Annual report of the Civil Veterinary Department, Bengal, for the year 1897-98 - 1897-1898
Year: 1897
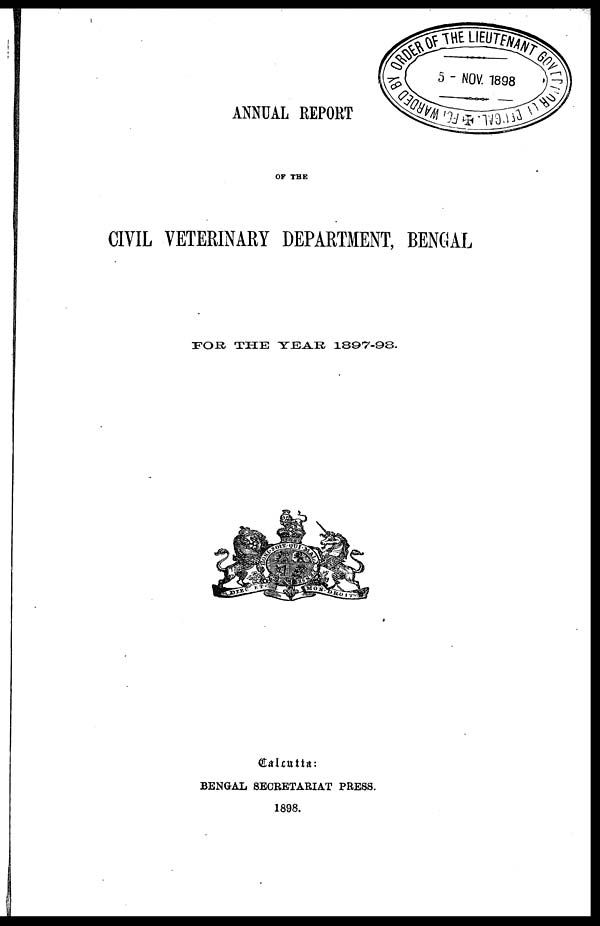
ANNUAL REPORT
OF THE
CIVIL VETERINARY DEPARTMENT, BENGAL
FOR THE YEAR 1897-98.
Calcutta:
BENGAL SECRETARIAT PRESS.
1898.